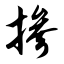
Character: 掺